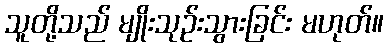
သူတို့သည် မျိုးသုဉ်းသွားခြင်း မဟုတ်။